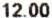
12.00